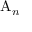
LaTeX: \mathrm { A } _ { n }